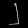
Digit: ၂